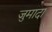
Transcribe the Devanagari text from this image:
जुमादा